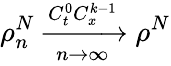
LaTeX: \rho_{n}^{N}\xrightarrow[n\rightarrow\infty]{C_{t}^{0}C_{x}^{k-1}}\rho^{N}